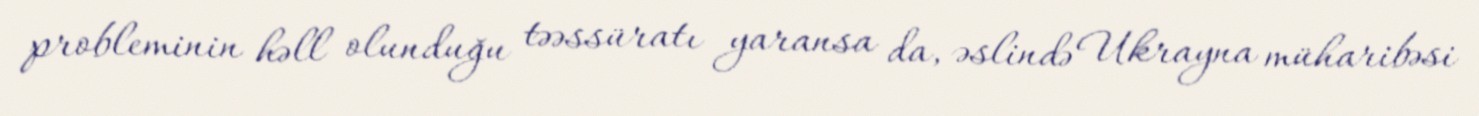
probleminin həll olunduğu təəssüratı yaransa da, əslində Ukrayna müharibəsi